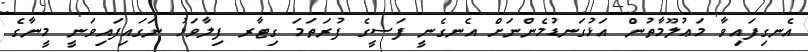
އެނގިފައިވާ މަޢުލޫމާތުން އަޅުގަނޑުމެންނަށް އެނގެނީ ފަސީގެ ފުރަތަމަ ގިޓާރ ފިލާވަޅު ނަގައިފައިވަނީ މީނާގެ